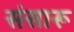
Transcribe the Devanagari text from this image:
संसारू